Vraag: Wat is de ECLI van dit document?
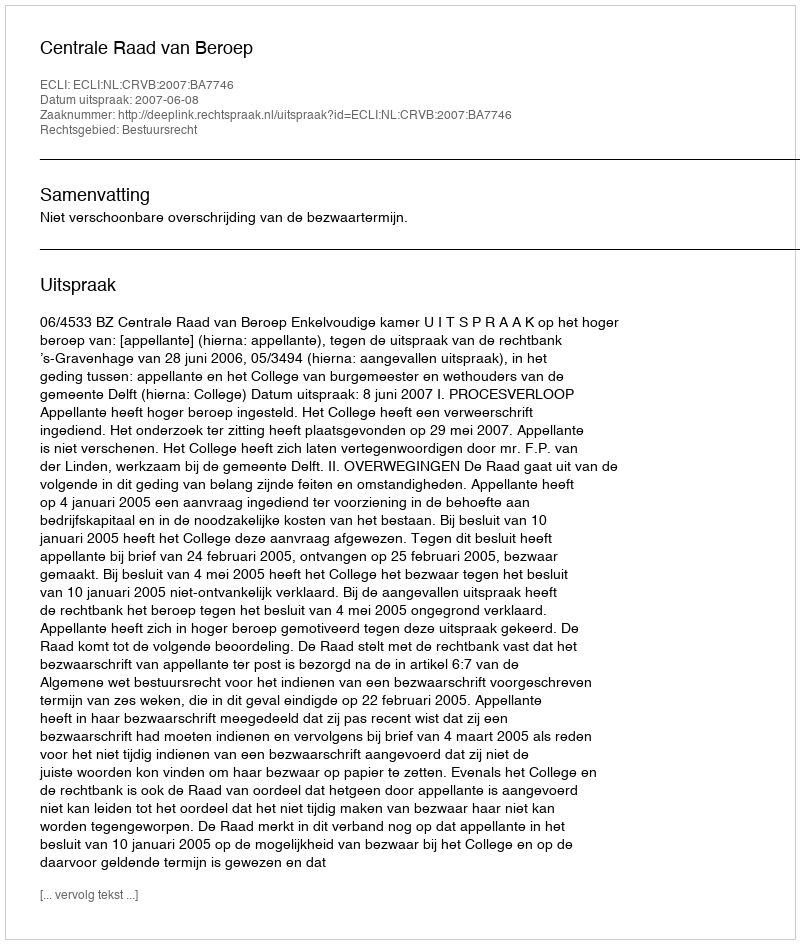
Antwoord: ECLI:NL:CRVB:2007:BA7746